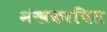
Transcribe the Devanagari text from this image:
मंखकरचित